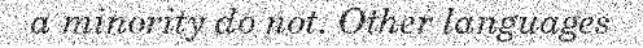
a minority do not. Other languages